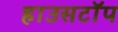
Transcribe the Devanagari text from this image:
हाउसटॉप